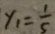
y _ { 1 } = \frac { 1 } { 5 }